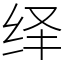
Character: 绎